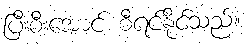
ပြီးစီးအောင် စီရင်နိုင်သည်။